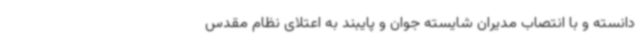
دانسته و با انتصاب مدیران شایسته جوان و پایبند به اعتلای نظام مقدس